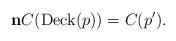
LaTeX: \begin{align*} \mathbf n C(\operatorname{Deck}(p)) = C(p^\prime).\end{align*}